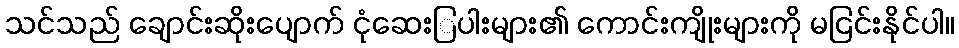
သင်သည် ချောင်းဆိုးပျောက် ငုံဆေးြပါးများ၏ ကောင်းကျိုးများကို မငြင်းနိုင်ပါ။